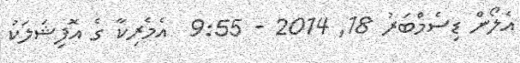
އެލޯން ޑިސެމްބަރު 18